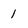
Character: 1